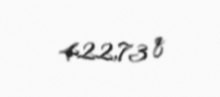
422,73 q